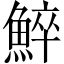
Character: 䱣